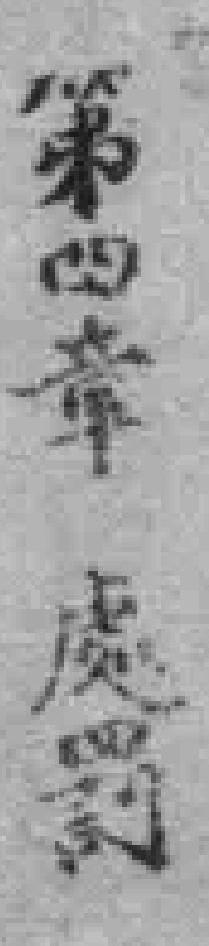
第四章 處罰